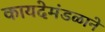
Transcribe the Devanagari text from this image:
कायदेमंडळाने